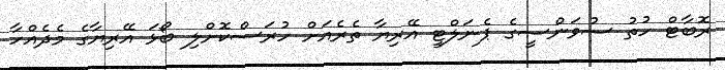
ރޮބާޓް ހުތު ސުވަންސީގެ ޕެނަލްޓީ އޭރިޔާ ތެރެއަށް ހުރަސްކޮށްލި ބޯޅަ އޭރިޔާގެ މެދެއްހާ